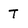
Character: T